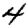
Digit: 4